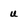
Character: u